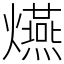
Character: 𤒈